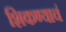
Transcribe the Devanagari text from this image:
शिकण्याचं